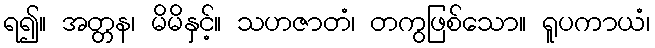
ရ၍။ အတ္တန၊ မိမိနှင့်။ သဟဇာတံ၊ တကွဖြစ်သော။ ရူပကာယံ၊